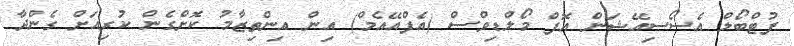
ފުޓްބޯލް އެސޯސިއޭޝަން އޮފް މޯލްޑިވްސް (އެފްއޭއެމް) އިން އިންތިޒާމު ކޮށްގެން ކުރިއަށް ގެންދާ